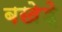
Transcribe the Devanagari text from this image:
बखेड़े